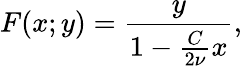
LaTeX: F(x;y)=\frac{y}{1-\frac{C}{2\nu}x},